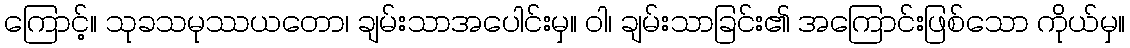
ကြောင့်။ သုခသမုဿယတော၊ ချမ်းသာအပေါင်းမှ။ ဝါ၊ ချမ်းသာခြင်း၏ အကြောင်းဖြစ်သော ကိုယ်မှ။